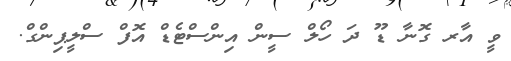
ވީ އާރ ގޮނާ ޑޫ ދަ ހޯލް ސީން އިންސްޓެޑް އޮފް ސްލީޕިންގް.